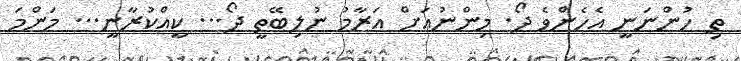
ތި ހުންނަނީ އެހެންވެ ދޯ. މިންނުއަށް އަރާމު ނުލިބޭތީ ދޯ... ކީއްކުރާނީ... މަންމަ